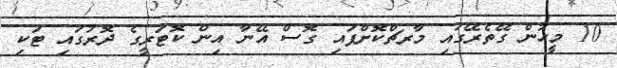
10 މީހުން ގޭތެރޭގައި މާރޗްކޮށްފައި ގޮސް އޭނާ އިން ކޮޓަރީގެ ދޮރުގައި ޓަކި